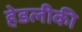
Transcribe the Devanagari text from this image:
हेडलीकी